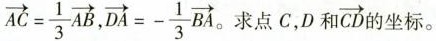
$$\overrightarrow{AC}= \frac{1}{3}\overrightarrow{AB}$$,$$\overrightarrow{DA}=- \frac{1}{3}\overrightarrow{BA}$$。 求点C，D和\overrightarrow{CD}的坐标。